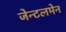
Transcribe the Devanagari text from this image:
जेन्टलमेन